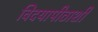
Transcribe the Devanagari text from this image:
विदयापीठाशी